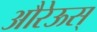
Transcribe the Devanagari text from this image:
औरेऊस्